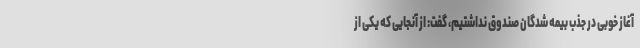
آغاز خوبی در جذب بیمه شدگان صندوق نداشتیم، گفت: از آنجایی که یکی از